Account of plague administration in the Bombay Presidency from September 1896 till May 1897
Year: 1896
Disease focus: Plague
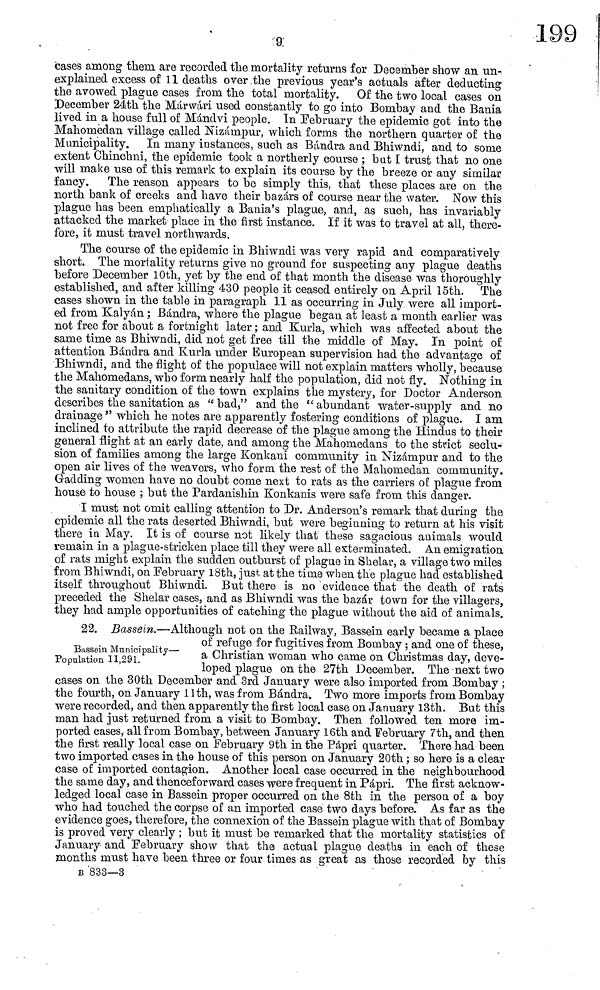
9
cases among them are recorded the mortality returns for December show an un-
explained excess of 11 deaths over the previous year's actuals after deducting
the avowed plague cases from the total mortality. Of the two local cases on
December 24th the Márwári used constantly to go into Bombay and the Bania
lived in a house full of Mándvi people. In February the epidemic got into the
Mahomedan village called Nizámpur, which forms the northern quarter of the
Municipality. In many instances, such as Bañara and Bhiwndi, and to some
extent Chinchni, the epidemic took a northerly course ; but I trust that no one
will make use of this remark to explain its course by the breeze or any similar
fancy. The reason appears to be simply this, that these places are on the
north bank of creeks and have their bazars of course near the water. Now this
plague has been emphatically a Bania's plague, and, as such, has invariably
attacked the market place in the first instance. If it was to travel at all, there-
fore, it must travel northwards.
The course of the epidemic in Bhiwndi was very rapid and comparatively
short. The mortality returns give no ground for suspecting any plague deaths
before December 10th, yet by the end of that month the disease was thoroughly
established, and after killing 430 people it ceased entirely on April 15th. The
cases shown in the table in paragraph 11 as occurring in July were all import-
ed from Kalyán ; Bándra, where the plague began at least a month earlier was
not free for about a fortnight later ; and Kurla, which was affected about the
same time as Bhiwndi, did not get free till the middle of May. In point of
attention Bándra and Kurla under European supervision had the advantage of
Bhiwndi, and the flight of the populace will not explain matters wholly, because
the Mahomedans, who form nearly half the population, did not fly. Nothing in
the sanitary condition of the town explains the mystery, for Doctor Anderson
describes the sanitation as bad," and the “ abundant water-supply and no
drainage " which he notes are apparently fostering conditions of plague. I am
inclined to attribute the rapid decrease of the plague among the Hindus to their
general flight at an early date, and among the Mahomedans to the strict seclu-
sion of families among the large Konkani community in Nizámpur and to the
open air lives of the weavers, who form, the rest of the Mahomedan community.
Gadding women have no doubt come next to rats as the carriers of plague from
house to house ; but the Pardanishin Konkanis were safe from this clanger.
I must not omit calling attention to Dr. Anderson's remark that during the
epidemic all the rats deserted Bhiwndi, but were beginning to return at his visit
there in May. It is of course not likely that these sagacious animals would
remain in a plague-stricken place till they were all exterminated. An emigration
of rats might explain the sudden outburst of plague in Shelar, a village two miles
from Bhiwndi, on February 18th, just at the time when the plague had established
itself throughout Bhiwndi. But there is no evidence that the death of rats
preceded the Shelar cases, and as Bhiwndi was the bazar town for the villagers,
they had ample opportunities of catching the plague without the aid of animals.
22. Bassein.—Although not on the Railway, Bassein early became a place
of refuge for fugitives from Bombay ; and one of these,
Bassein Municipality__a Christian woman who came on Christmas day, deve-
Population 11,291 loped plague on the 27th December. The next two
cases on the 30th December and 3rd January were also imported from Bombay ;
the fourth, on January 11th, was from Bándra. Two more imports from Bombay
were recorded, and then apparently the first local case on January 13th. But this
man had just returned from a visit to Bombay. Then followed ten more im-
ported cases, all from Bombay, between January 16th and February 7th, and then
the first really local case on February 9th in the Pápri quarter. There had been
two imported cases in the house of this person on January 20th ; so here is a clear
case of imported contagion. Another local case occurred in the neighbourhood
the same day, and thenceforward cases were frequent in Pápri. The first acknow-
ledged local case in Bassein proper occurred on the 8th in the person of a boy
who had touched the corpse of an imported case two days before. As far as the
evidence goes, therefore, the connexion of the Bassein plague with that of Bombay
is proved very clearly ; but it must be remarked that the mortality statistics of
January and February show that the actual plague deaths in each of these
months must have been three or four times as great as those recorded by this
B 833—3